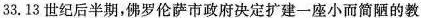
33.13世纪后半期，佛罗伦萨市政府决定扩建一座小而简陋的教